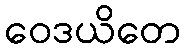
ဝေဒယိတေ